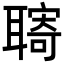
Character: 𦗞